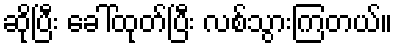
ဆိုပြီး ခေါ်ထုတ်ပြီး လစ်သွားကြတယ်။